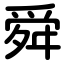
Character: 舜